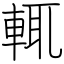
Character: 輒